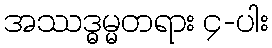
အဿဒ္ဓမ္မတရား ၄-ပါး